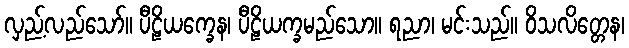
လှည့်လည်သော်။ ပီဠိယက္ခေန၊ ပီဠိယက္ခမည်သော။ ရညာ၊ မင်းသည်။ ဝိသလိတ္တေန၊